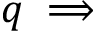
q \implies